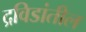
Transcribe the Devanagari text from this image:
द्रविडांतील